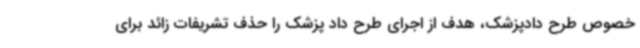
خصوص طرح دادپزشک، هدف از اجرای طرح داد پزشک را حذف تشریفات زائد برای